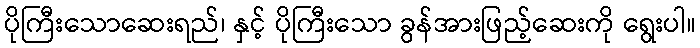
ပိုကြီးသောဆေးရည်၊ နှင့် ပိုကြီးသော ခွန်အားဖြည့်ဆေးကို ရွေးပါ။